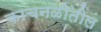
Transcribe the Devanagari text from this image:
काचनळीतील